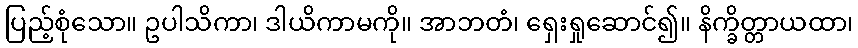
ပြည့်စုံသော။ ဥပါသိကာ၊ ဒါယိကာမကို။ အာဘတံ၊ ရှေးရှုဆောင်၍။ နိက္ခိတ္တာယထာ၊